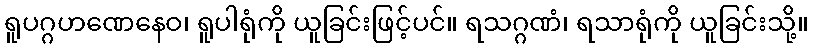
ရူပဂ္ဂဟဏေနေဝ၊ ရူပါရုံကို ယူခြင်းဖြင့်ပင်။ ရသဂ္ဂဏံ၊ ရသာရုံကို ယူခြင်းသို့။